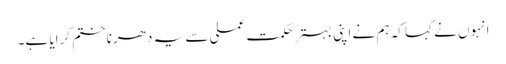
انہوں نے کہا کہ ہم نے اپنی بہتر حکمت عملی سے یہ دھرنا ختم کرایا ہے۔